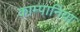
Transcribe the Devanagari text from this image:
काम्पानिया